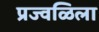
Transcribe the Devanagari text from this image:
प्रज्वळिला